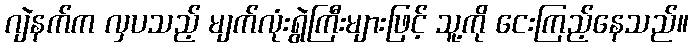
ဂျဲနက်က လှပသည့် မျက်လုံးရွဲကြီးများဖြင့် သူ့ကို ငေးကြည့်နေသည်။